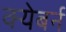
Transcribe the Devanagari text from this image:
क्येबर्न